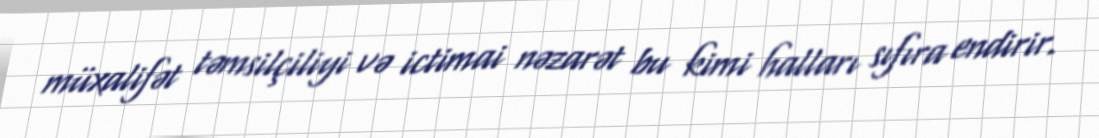
müxalifət təmsilçiliyi və ictimai nəzarət bu kimi halları sıfıra endirir.